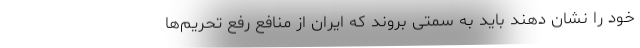
خود را نشان دهند باید به سمتی بروند که ایران از منافع رفع تحریم‌ها